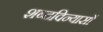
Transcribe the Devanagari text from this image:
शब्दविन्यासों